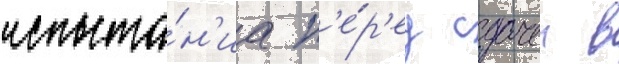
испыта́н'иа п'е́р'ед сдачеи в